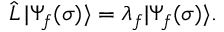
\begin{array} { r } { \hat { L } \, | \Psi _ { f } ( \sigma ) \rangle = \lambda _ { f } | \Psi _ { f } ( \sigma ) \rangle . } \end{array}